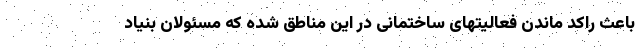
باعث راکد ماندن فعالیتهای ساختمانی در این مناطق شده که مسئولان بنیاد